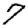
Digit: 7